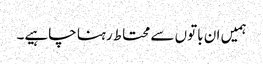
ہمیں ان باتوں سے محتاط رہنا چاہیے۔